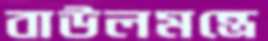
বাউলমন্ত্রে